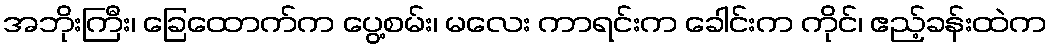
အဘိုးကြီး၊ ခြေထောက်က ပွေ့စမ်း၊ မလေး ကာရင်းက ခေါင်းက ကိုင်၊ ဧည့်ခန်းထဲက